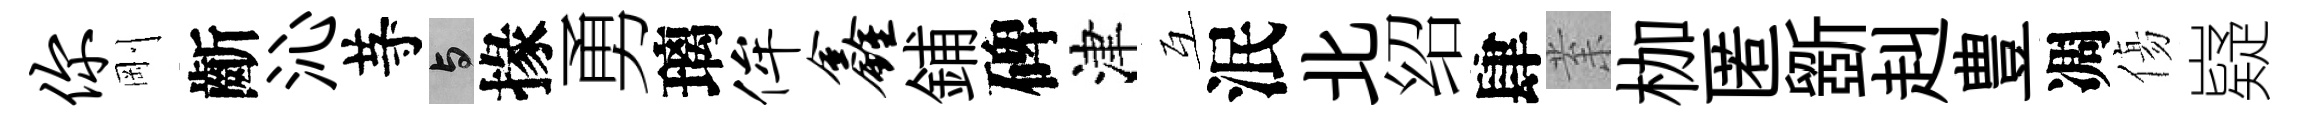
你剛齗沁䒭与掾勇璃侔鑫鋪碑津互泯北绍肆𭪙枷匿斵赳豊凋傷嶷